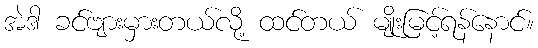
အဲဒါ ခင်ဗျားမှားတယ်လို့ ထင်တယ် မျိုးမြင့်ရန်နောင်။